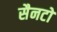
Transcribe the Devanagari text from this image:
सैनटो